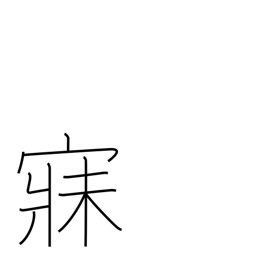
Meaning: sleep